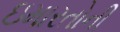
ઇમારતોની